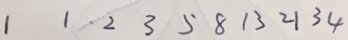
1 1 2 3 5 8 1 3 2 1 3 4